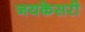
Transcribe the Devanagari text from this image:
जयकेसरी